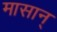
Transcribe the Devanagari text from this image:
मासान्